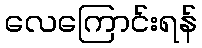
လေကြောင်းရန်